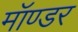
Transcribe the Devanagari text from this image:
मॉण्डर